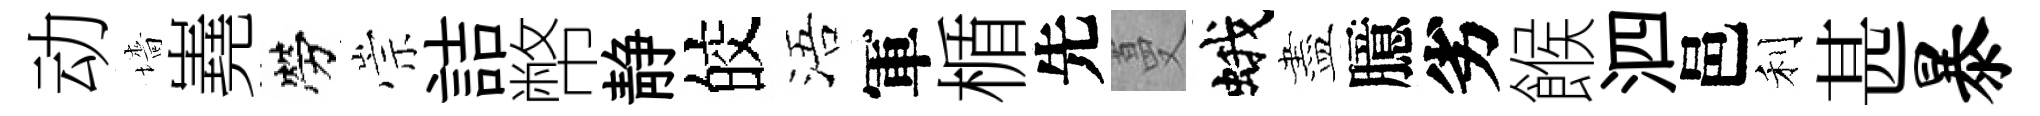
动墻嶤勞崇詰幣静皎浯軍楯先蔓蛾盡臆劣餱泗邑利甚暴